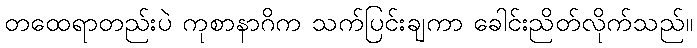
တထေရာတည်းပဲ ကုစာနာဂိက သက်ပြင်းချကာ ခေါင်းညိတ်လိုက်သည်။